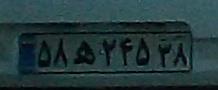
۵۸ه۲۴۵۳۸